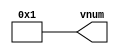
module version_number
  (
   output [15:0] vnum
   );

   assign vnum = 16'd1;

endmodule